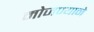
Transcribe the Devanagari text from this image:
मोजण्याने